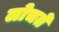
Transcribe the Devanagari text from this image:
लोचते